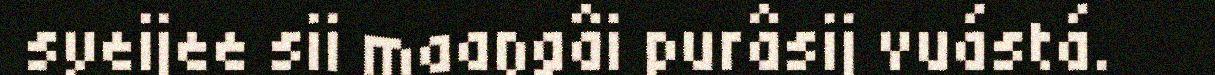
syeijee sii maaŋgâi purâsij vuástá.